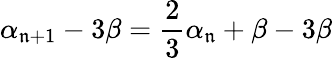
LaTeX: \alpha_{\mathfrak{n}+1}-3\beta=\frac{{2}}{{3}}\alpha_{\mathfrak{n}}+\beta-3\beta